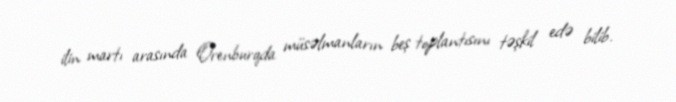
ilin martı arasında Orenburqda müsəlmanların beş toplantısını təşkil edə bilib.